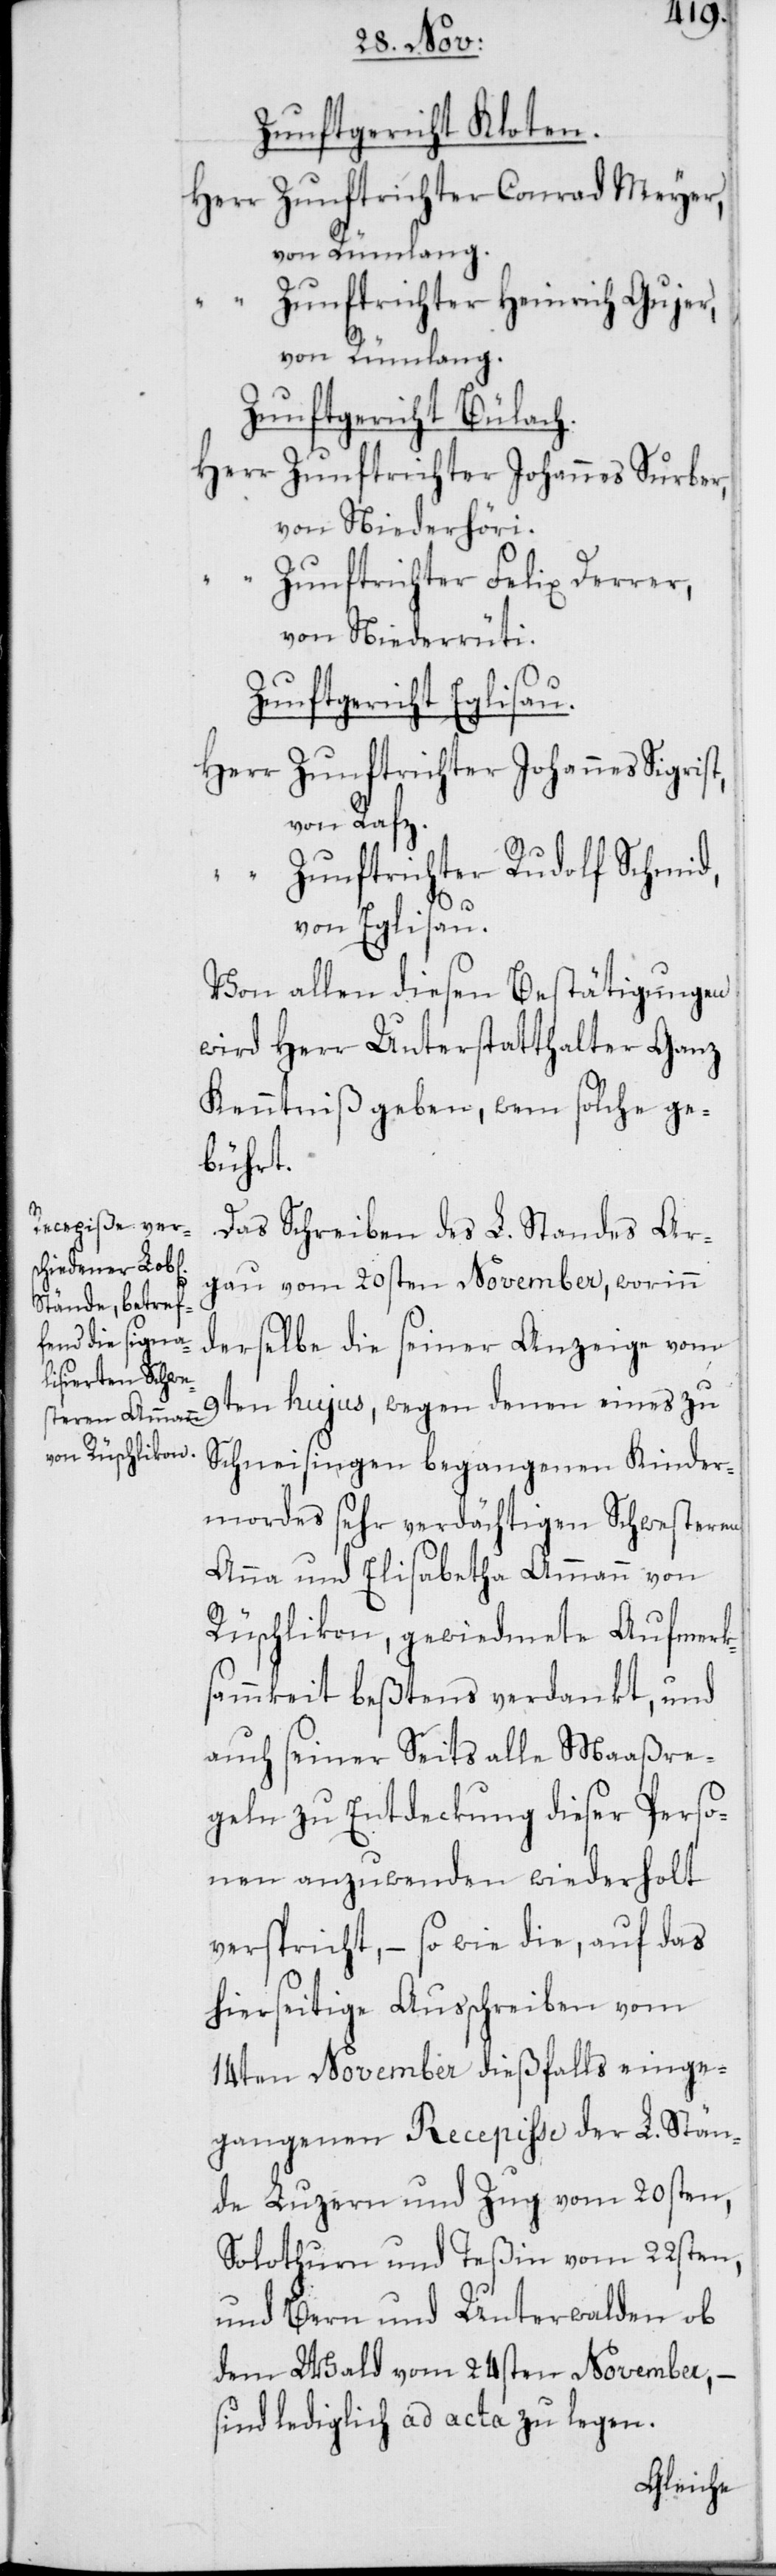
Zunftgericht Kloten.
Herr Zunftrichter Conrad Meyer,
“ Zunftrichter Heinrich Gujer,
von Rümlang.
Zunftgericht Bülach.
Herr Zunftrichter Johannes Surber,
von Niederhöri.
Zunftrichter Felix Derrer,
von Niederrüti.
Zunftgericht Eglisau.
Herr Zunftrichter Johannes Sigrist,
von Rafz.
Zunftrichter Rudolf Schmid,
von Eglisau.
Von allen diesen Bestätigungen
wird Herr Unterstatthalter Ganz
Kenntniß geben, wem solche ge¬
bührt.
Das Schreiben des L. Standes Ar¬
gau vom 20sten November, worinn
derselbe die seiner Anzeige vom
9ten hujus, wegen denen eines zu
Schneisingen begangenen Kinder¬
mordes sehr verdächtigen Schwesteren
Anna und Elisabetha Ammann von
Rüschlikon, gewiedmete Aufmerk¬
sammkeit beßtens verdankt, und
auch seiner Seits alle Maaßre¬
geln zu Entdeckung dieser Perso¬
nen anzuwenden wiederholt
verspricht, – sowie die, auf das
hierseitige Ausschreiben vom
14ten November dießfalls einge¬
gangenen Recepiße der L. Stän¬
de Luzern und Zug vom 20sten,
Solothurn und Teßin vom 22sten
und Bern und Unterwalden ob
dem Wald vom 24sten November, –
sind lediglich ad acta zu legen.